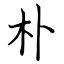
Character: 朴